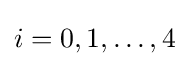
i=0,1,\ldots ,4